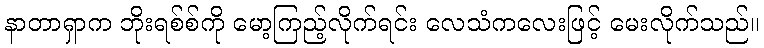
နာတာရှာက ဘိုးရစ်စ်ကို မော့ကြည့်လိုက်ရင်း လေသံကလေးဖြင့် မေးလိုက်သည်။